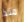
منذ